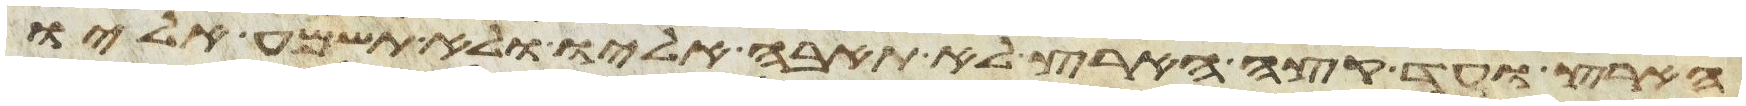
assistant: הארץ ועד קצה הארץ לא תאבה אליו ולא תשמע אליו